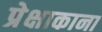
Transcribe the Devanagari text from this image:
प्रेक्षाकाना